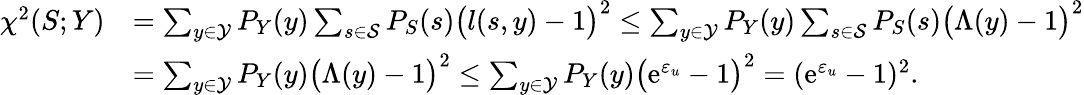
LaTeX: \begin{array}{rl}{\chi^{2}(S;Y)}&{=\sum_{y\in\mathcal{Y}}P_{Y}(y)\sum_{s\in\mathcal{S}}P_{S}(s)\big(l(s,y)-1\big)^{2}\leq\sum_{y\in\mathcal{Y}}P_{Y}(y)\sum_{s\in\mathcal{S}}P_{S}(s)\big(\Lambda(y)-1\big)^{2}}\\ &{=\sum_{y\in\mathcal{Y}}P_{Y}(y)\big(\Lambda(y)-1\big)^{2}\leq\sum_{y\in\mathcal{Y}}P_{Y}(y)\big(\mathrm{e}^{\varepsilon_{u}}-1\big)^{2}=(\mathrm{e}^{\varepsilon_{u}}-1)^{2}.}\end{array}